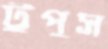
টুপুস